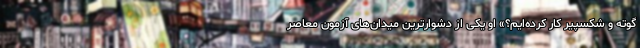
گوته و شکسپیر کار کرده‌ایم؟» او یکی از دشوارترین میدان‌های آزمون معاصر